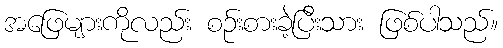
အဖြေများကိုလည်း စဉ်းစားခဲ့ပြီးသား ဖြစ်ပါသည်။